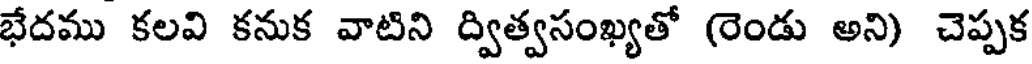
భేదము కలవి కనుక వాటిని ద్విత్వసంఖ్యతో (రెండు అని) చెప్పక